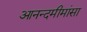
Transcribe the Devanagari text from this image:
आनन्दमीमांसा